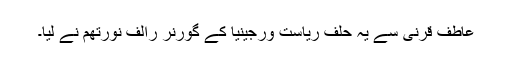
عاطف قرنی سے یہ حلف ریاست ورجینیا کے گورنر رالف نورتھم نے لیا۔